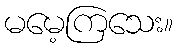
မမေ့ကြသေး။